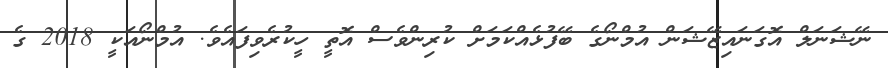
ނޭޝަނަލް އޮގަނައިޒޭޝަން އުމްނޯގެ ބޭފުޅެއްކަމަށް ކުރިންވެސް އޮތީ ހީކުރެވިފައެވެ. އުމްނޯއަކީ 2018 ގެ